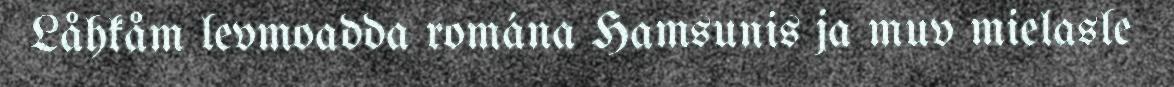
Låhkåm levmoadda romána Hamsunis ja muv mielasle